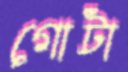
গোটা